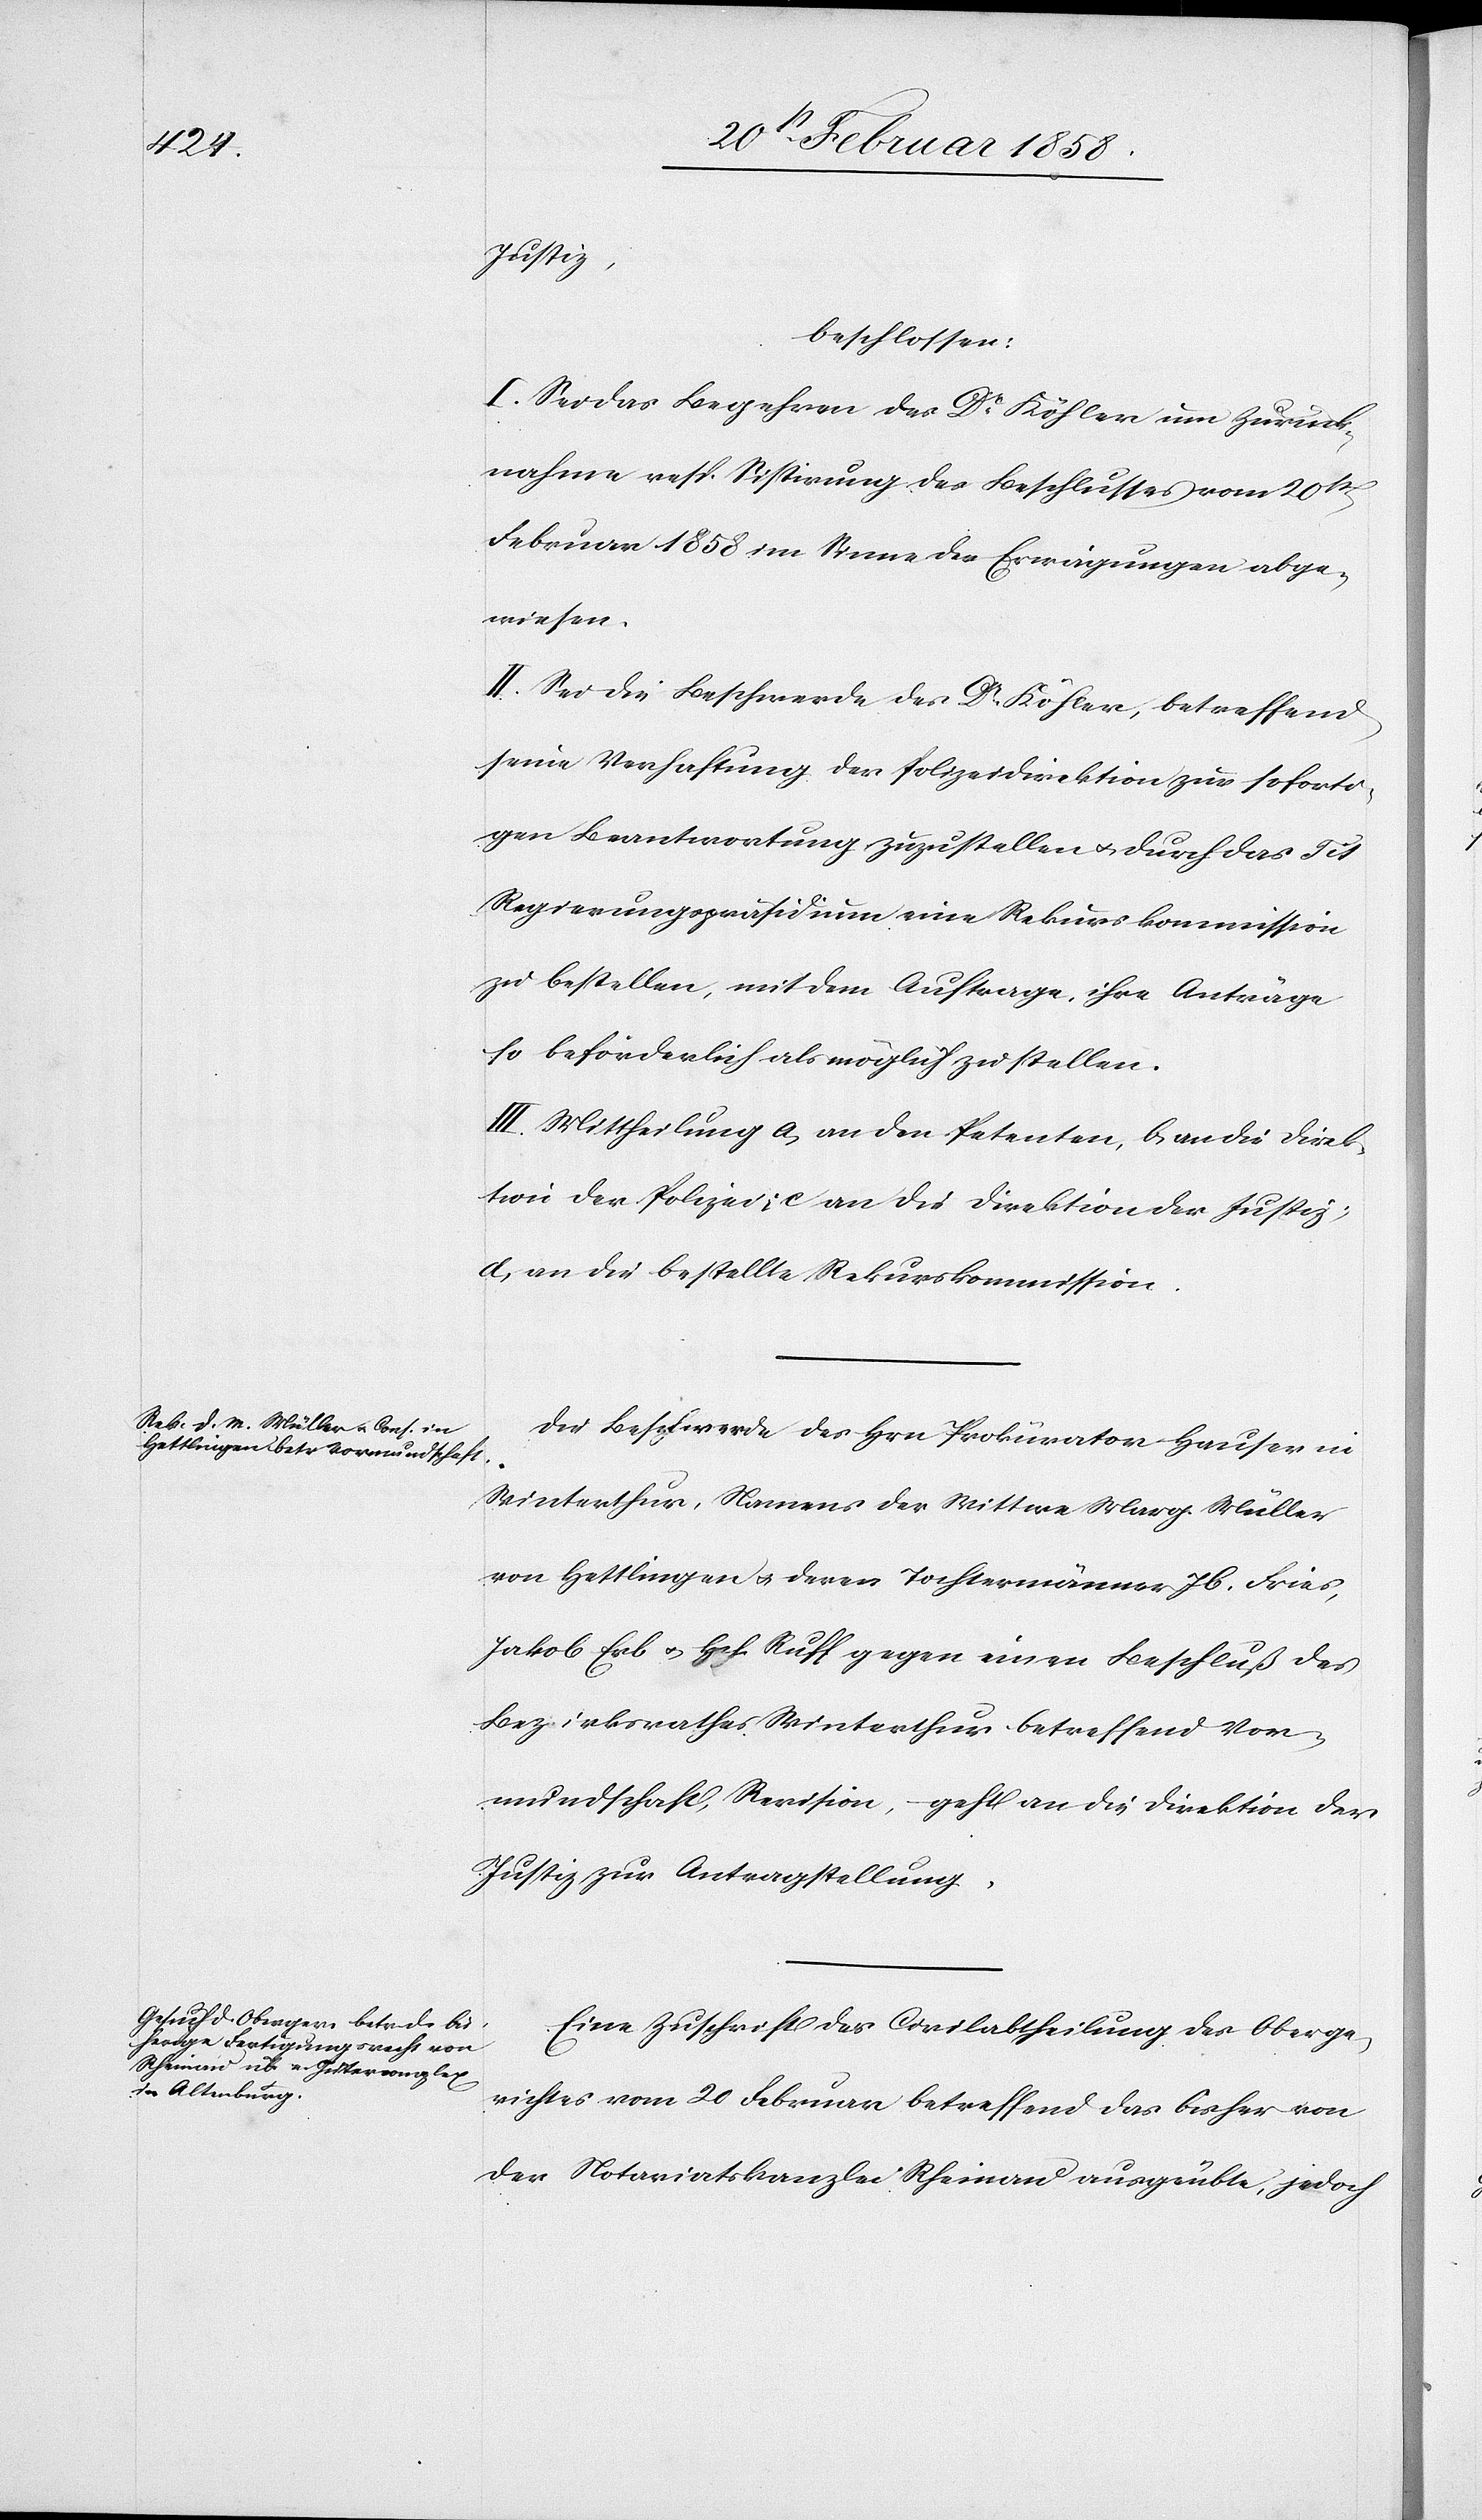
24 Februar 1858.]
Justiz,
beschlossen:
I. Sei das Begehren des Dr Köhler um Zurück¬
nahme resp. Sistirung des Beschlusses vom 20st
Februar 1858 im Sinne der Erwägungen abge¬
wiesen.
II. Sei die Beschwerde des Dr Köhler, betreffend
seine Verhaftung der Polizeidirektion zur soforti¬
gen Beantwortung zuzustellen u. durch das Tit
Regierungspräsidium eine Rekurskommission
zu bestellen, mit dem Auftrage, ihre Anträge
so beförderlich als möglich zu stellen.
III. Mittheilung a. an den Petenten, b. an die Direk¬
tion der Polizei, c. an die Direktion der Justiz,
d. an die bestellte Rekurskommission.
Die Beschwerde des Hrn. Prokurator Hauser in
Winterthur, Namens der Wittwe Marg. Müller
von Hettlingen u. deren Tochtermänner Jb. Fries,
Jakob Erb u. Hch. Ruff gegen einen Beschluß des
Bezirksrathes Winterthur betreffend Vor¬
mundschaft, Revision, geht an die Direktion der
Justiz zur Antragstellung.
Eine Zuschrift der Civilabtheilung des Oberge¬
richtes vom 20 Februar betreffend das bisher von
der Notariatskanzlei Rheinau ausgeübte, jedoch